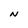
Character: N